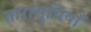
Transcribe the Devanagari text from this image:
तारासूचियों